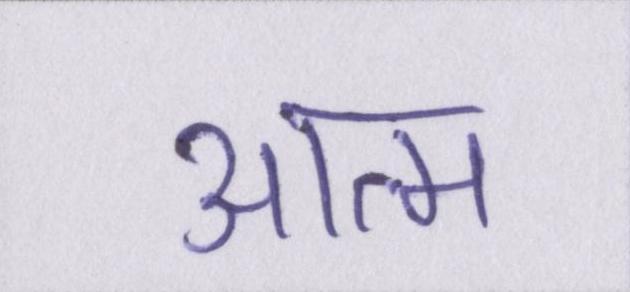
आत्म